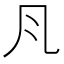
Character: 𭂬